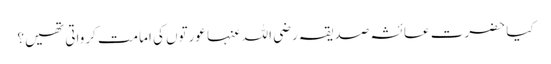
کیا حضرت عائشہ صدیقہ رضی اللہ عنہا عورتوں کی امامت کرواتی تھیں؟